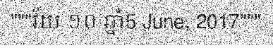
"""វ័យ ១០ ឆ្នាំ5 June, 2017"""